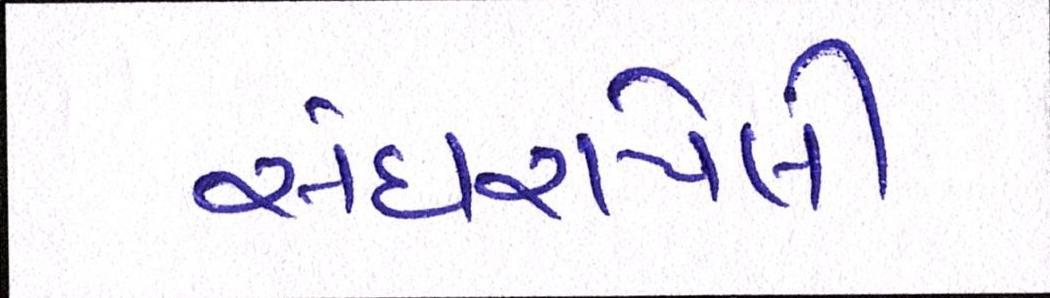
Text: સંઘરાયેલી